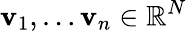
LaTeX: \mathbf{v}_{1},\ldots\mathbf{v}_{n}\in\mathbb{R}^{N}